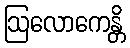
ဩလောကေန္တိ